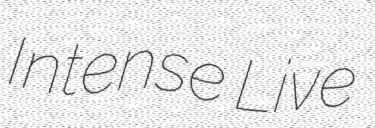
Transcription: Intense Live